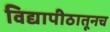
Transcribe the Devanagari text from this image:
विद्यापीठातूनच